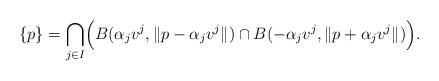
LaTeX: \begin{align*}\{ p \} = \bigcap_{j \in I} \Bigl( B( \alpha_j v^j, \| p - \alpha_j v^j \|) \cap B( -\alpha_j v^j, \| p + \alpha_j v^j \|) \Bigr).\end{align*}